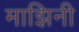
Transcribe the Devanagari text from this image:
माझिनी